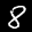
Label: 8